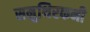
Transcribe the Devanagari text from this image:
समुथिरकनी